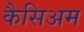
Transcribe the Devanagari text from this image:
कैसिअम